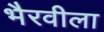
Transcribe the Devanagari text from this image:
भैरवीला